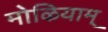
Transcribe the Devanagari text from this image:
मोऴियाम्